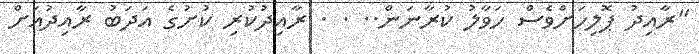
"ރާއިދު ޕޮލިހަށްވެސް ހަވާލު ކުރާނަން.. . . ރާއިދުކުރި ކުށުގެ އަދަބު ރާއިދުއަށް